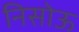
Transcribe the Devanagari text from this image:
निसोऊ